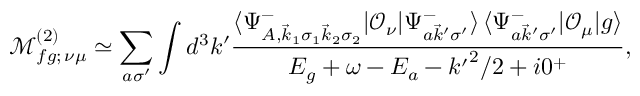
\mathcal { M } _ { f g ; \, \nu \mu } ^ { ( 2 ) } \simeq \sum _ { a \sigma ^ { \prime } } \int d ^ { 3 } k ^ { \prime } \frac { \langle \Psi _ { A , \vec { k } _ { 1 } \sigma _ { 1 } \vec { k } _ { 2 } \sigma _ { 2 } } ^ { - } | \mathcal { O } _ { \nu } | \Psi _ { a \vec { k } ^ { \prime } \sigma ^ { \prime } } ^ { - } \rangle \, \langle \Psi _ { a \vec { k } ^ { \prime } \sigma ^ { \prime } } ^ { - } | \mathcal { O } _ { \mu } | g \rangle } { E _ { g } + \omega - E _ { a } - { k ^ { \prime } } ^ { 2 } / 2 + i 0 ^ { + } } ,